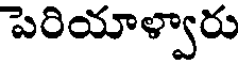
పెరియాళ్వారు